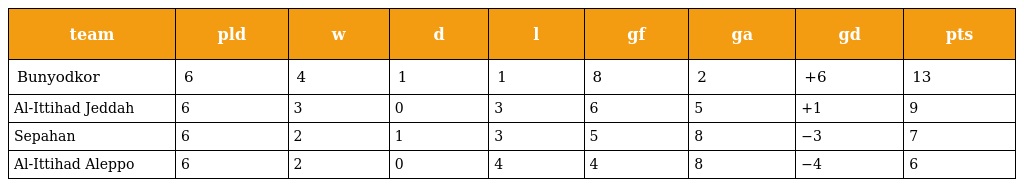
| team | pld | w | d | l | gf | ga | gd | pts |
 | --- | --- | --- | --- | --- | --- | --- | --- | --- |
 | Bunyodkor | 6 | 4 | 1 | 1 | 8 | 2 | +6 | 13 |
 | Al-Ittihad Jeddah | 6 | 3 | 0 | 3 | 6 | 5 | +1 | 9 |
 | Sepahan | 6 | 2 | 1 | 3 | 5 | 8 | −3 | 7 |
 | Al-Ittihad Aleppo | 6 | 2 | 0 | 4 | 4 | 8 | −4 | 6 |